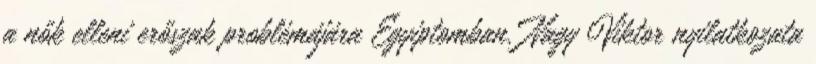
a nők elleni erőszak problémájára Egyiptomban. Nagy Viktor nyilatkozata